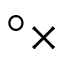
^ \circ \times